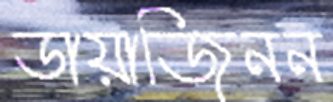
ডায়াজিনন